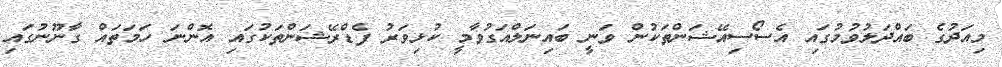
މިއަދުގެ ބައްދަލުވުމުގައި އެސޯސިއޭޝަންތަކުން ވަނީ ބައިނަލްއަގުވާމީ ކުޅިވަރު ފެޑްރޭޝަންތަކުގައި އޮންނަ ހަމަތައް ގާނޫނުގައި